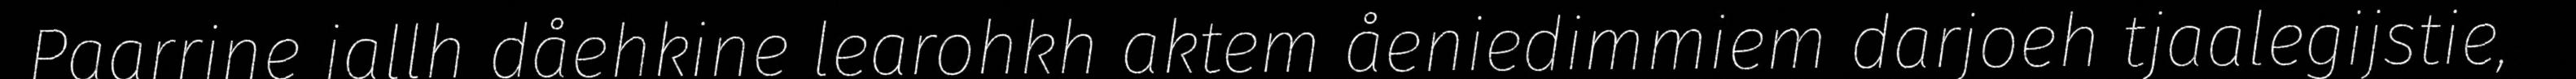
Paarrine jallh dåehkine learohkh aktem åeniedimmiem darjoeh tjaalegijstie,